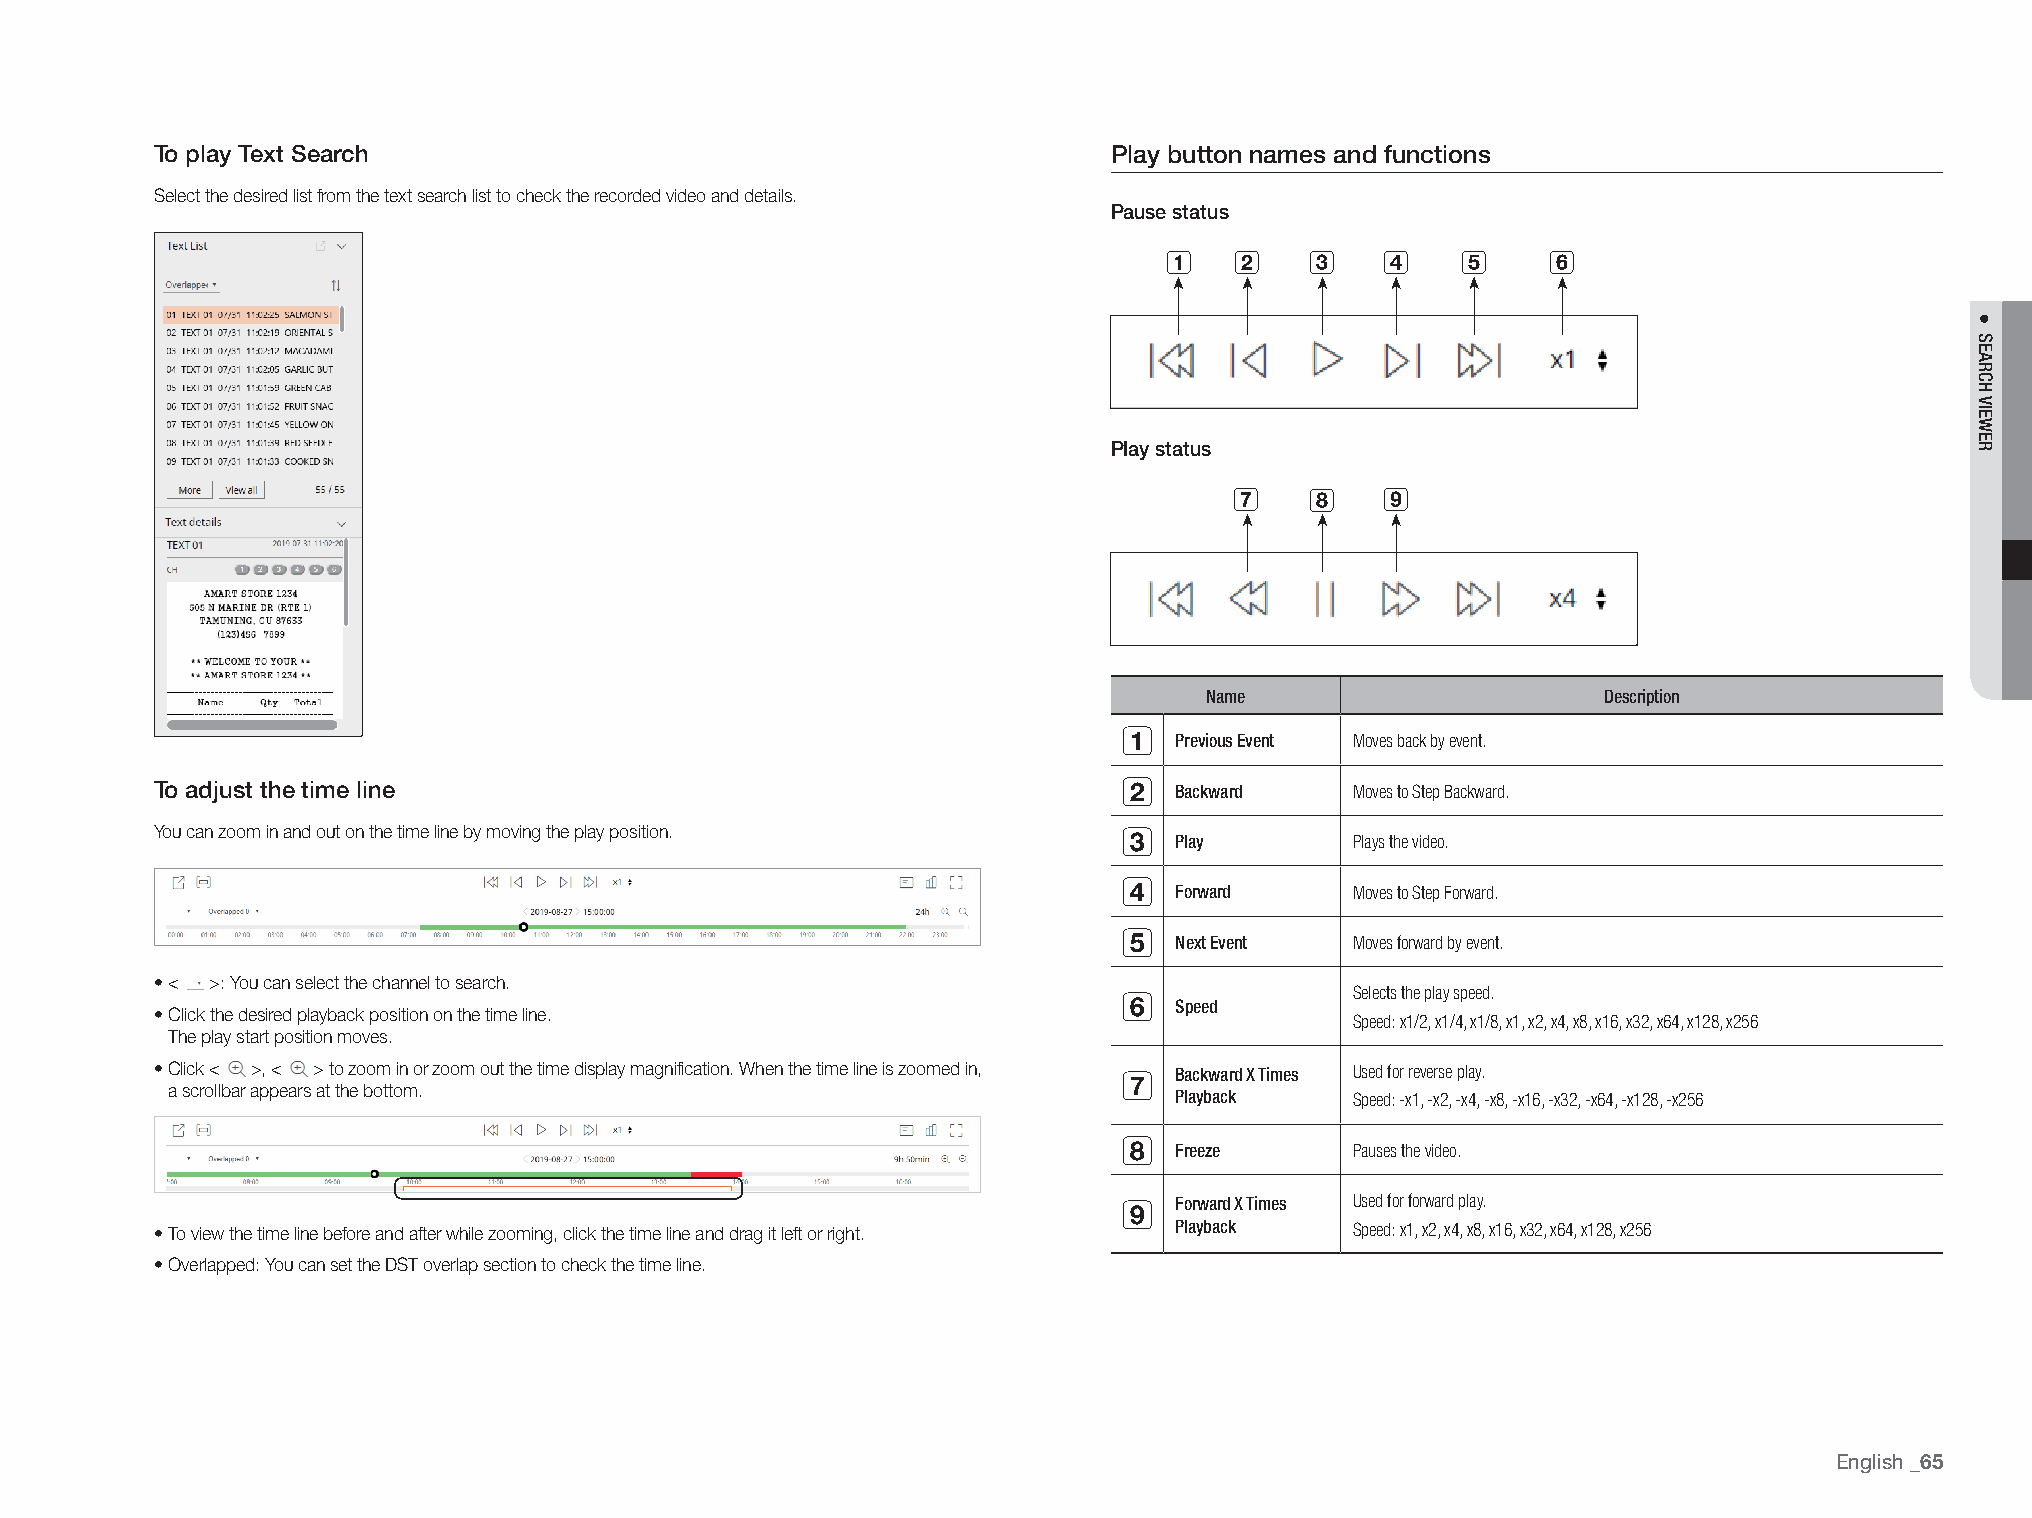
To play Text Search                                             play button names and functions
 Select the desired list from the text search list to check the recorded video and details.
 pause status
 a    b    c    d    e     f
 play status
 g    h    i
 Name                      Description
 a
 Previous Event Moves back by event.
 b
 To adjust the time line                                             Backward    Moves to Step Backward.
 You can zoom in and out on the time line by moving the play position. c
 Play        Plays the video.
 d
 Forward     Moves to Step Forward.
 e
 Next Event  Moves forward by event.
 • < >: You can select the channel to search.
 f               Selects the play speed.
 • Click the desired playback position on the time line.             Speed
 Speed: x1/2, x1/4, x1/8, x1, x2, x4, x8, x16, x32, x64, x128, x256
 The play start position moves.
 • Click < >, < > to zoom in or zoom out the time display magnification. When the time line is zoomed in, g Used for reverse play.
 Backward X Times
 a scrollbar appears at the bottom.
 Playback    Speed: -x1, -x2, -x4, -x8, -x16, -x32, -x64, -x128, -x256
 h
 Freeze      Pauses the video.
 i               Used for forward play.
 Forward X Times
 • To view the time line before and after while zooming, click the time line and drag it left or right. Playback Speed: x1, x2, x4, x8, x16, x32, x64, x128, x256
 • Overlapped: You can set the DST overlap section to check the time line.
 English
 _65
 ●
 SEARCH
 VIEWER